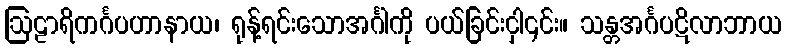
ဩဠာရိကင်္ဂပဟာနာယ၊ ရုန့်ရင်းသောအင်္ဂါကို ပယ်ခြင်းငှါ၎င်း။ သန္တအင်္ဂပဋိလာဘာယ